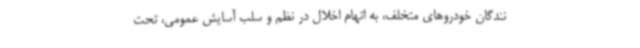
نندگان خودروهای متخلف، به اتهام اخلال در نظم و سلب آسایش عمومی، تحت